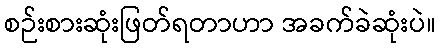
စဉ်းစားဆုံးဖြတ်ရတာဟာ အခက်ခဲဆုံးပဲ။